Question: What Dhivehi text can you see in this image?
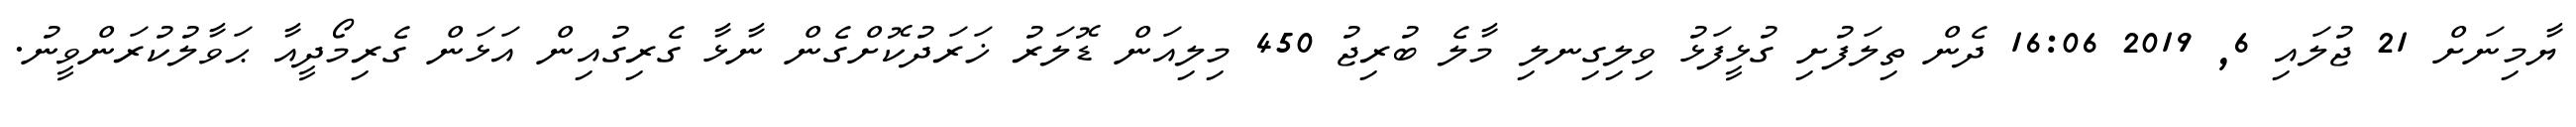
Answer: ޔާމިނަށް 21 ޖުލައި 6, 2019 16:06 ދެން ތިލަފުށި ގުޅީފަޅު ވިލިގިނލި މާލެ ބުރިޖު 450 މިލިއަން ޑޮލަރު ޚަރަދުކޮށްގެން ނާޅާ ގެރިގުއިން އަޅަން ގެރިމޯދީއާ ޙަވާލުކުރަންވީނު.